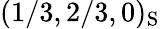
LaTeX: (1/3,2/3,0)_{\mathrm{S}}